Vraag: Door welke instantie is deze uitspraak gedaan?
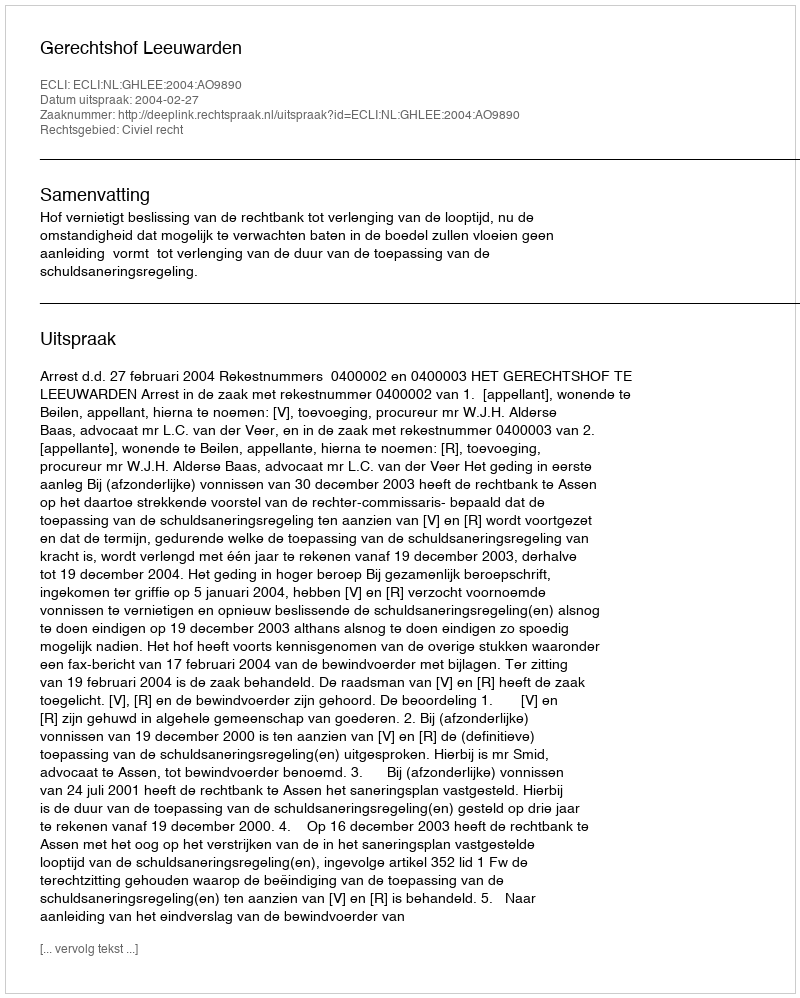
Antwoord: Gerechtshof Leeuwarden